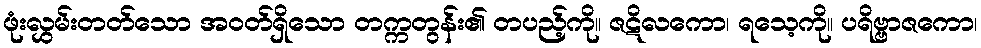
ဖုံးလွှမ်းတတ်သော အဝတ်ရှိသော တက္ကတွန်း၏ တပည့်ကို။ ဇဋိလကော၊ ရသေ့ကို။ ပရိဗ္ဗာဇကော၊